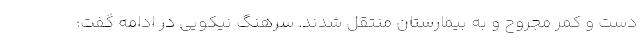
دست و کمر مجروح و به بیمارستان منتقل شدند. سرهنگ نیکویی در ادامه گفت: